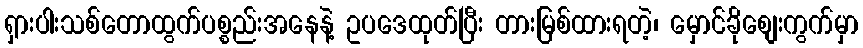
ရှားပါးသစ်တောထွက်ပစ္စည်းအနေနဲ့ ဥပဒေထုတ်ပြီး တားမြစ်ထားရတဲ့၊ မှောင်ခိုစျေးကွက်မှာ